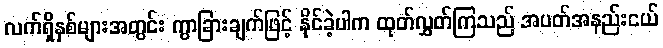
လက်ရှိနှစ်များအတွင်း ကွာခြားချက်ဖြင့် နိုင်ခဲ့ပါက ထုတ်လွှတ်ကြသည် အပတ်အနည်းငယ်